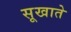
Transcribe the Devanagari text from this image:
सूखाते